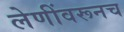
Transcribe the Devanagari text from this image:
लेणींवरूनच